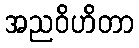
အညဝိဟိတာ